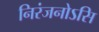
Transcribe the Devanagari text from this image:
निरंजनोऽसि